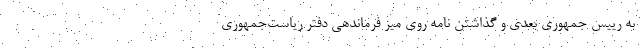
به رییس جمهوری بعدی و گذاشتن نامه روی میز فرماندهی دفتر ریاست‌جمهوری